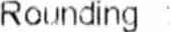
ROUNDING :